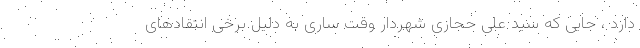
دارد ، جایی که سید علی حجازی شهردار وقت ساری به دلیل برخی انتقادهای